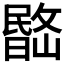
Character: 𣊽